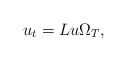
\begin{align*}u_{t}=Lu\Omega _{T}, \end{align*}